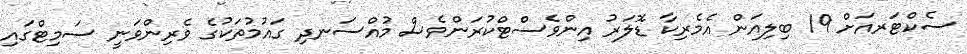
ސެކްޓަރއަށް 19 ބިލިއަން އެމެރިކާ ޑޮލަރު އިންވެސްޓްކުރަންވެސް މުއްސަނދި ގައުމުތަކުގެ ވެރިންވަނީ ސަމިޓްގައި